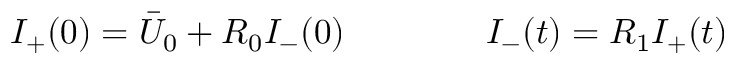
I _ { + } ( 0 ) = \bar { U } _ { 0 } + R _ { 0 } I _ { - } ( 0 ) \qquad \qquad I _ { - } ( t ) = R _ { 1 } I _ { + } ( t )